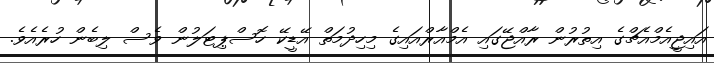
އައިޖީއެމްއެޗްގެ އިތުރުން ރާއްޖޭގައި އެމްއާރްއައިގެ މިހިދުމަތް އޭޑީކޭ ހޮސްޕިޓަލުން ވެސް ލިބެން ހުރެއެވެ.